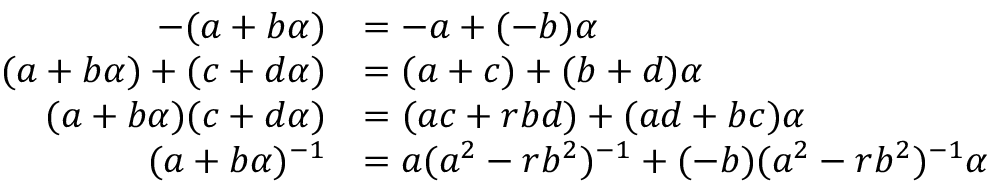
{ \begin{array} { r l } { - ( a + b \alpha ) } & { = - a + ( - b ) \alpha } \\ { ( a + b \alpha ) + ( c + d \alpha ) } & { = ( a + c ) + ( b + d ) \alpha } \\ { ( a + b \alpha ) ( c + d \alpha ) } & { = ( a c + r b d ) + ( a d + b c ) \alpha } \\ { ( a + b \alpha ) ^ { - 1 } } & { = a ( a ^ { 2 } - r b ^ { 2 } ) ^ { - 1 } + ( - b ) ( a ^ { 2 } - r b ^ { 2 } ) ^ { - 1 } \alpha } \end{array} }